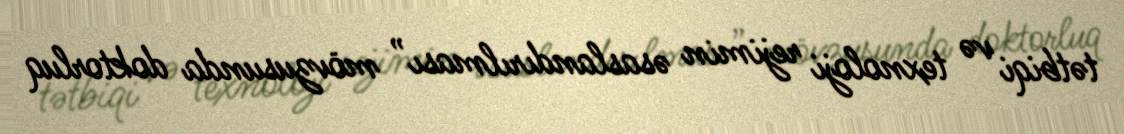
tətbiqi və texnoloji rejimin əsaslandırılması” mövzusunda doktorluq